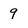
Character: 9